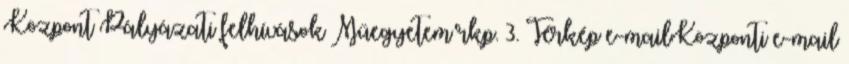
Központ Pályázati felhívások Műegyetem rkp. 3. Térkép e-mailKözponti e-mail